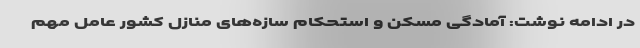
در ادامه نوشت: آمادگی مسکن و استحکام سازه‌های منازل کشور عامل مهم